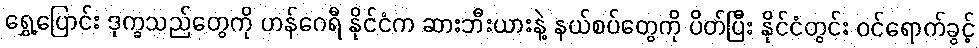
ရွှေ့ပြောင်း ဒုက္ခသည်တွေကို ဟန်ဂေရီ နိုင်ငံက ဆားဘီးယားနဲ့ နယ်စပ်တွေကို ပိတ်ပြီး နိုင်ငံတွင်း ဝင်ရောက်ခွင့်